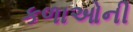
કળાઓની